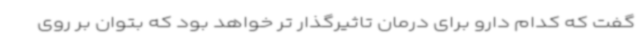
گفت که کدام دارو برای درمان تاثیرگذار تر خواهد بود که بتوان بر روی